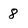
Character: 8